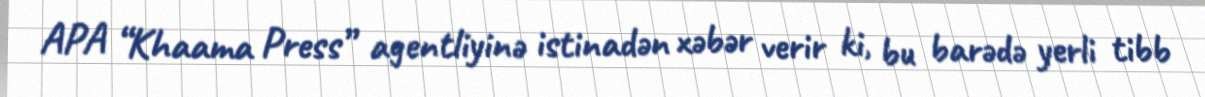
APA “Khaama Press” agentliyinə istinadən xəbər verir ki, bu barədə yerli tibb